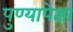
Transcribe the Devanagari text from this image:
पुण्यापेक्षा